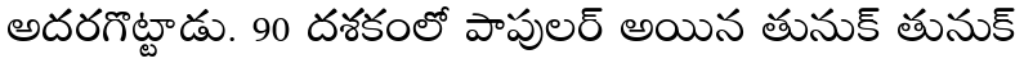
అదరగొట్టాడు. 90 దశకంలో పాపులర్ అయిన తునుక్ తునుక్